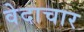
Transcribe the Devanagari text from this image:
वेदाचार